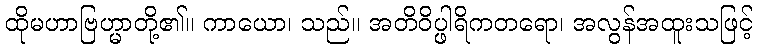
ထိုမဟာဗြဟ္မာတို့၏။ ကာယော၊ သည်။ အတိဝိပ္ဖါရိကတရော၊ အလွန်အထူးသဖြင့်